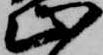
止